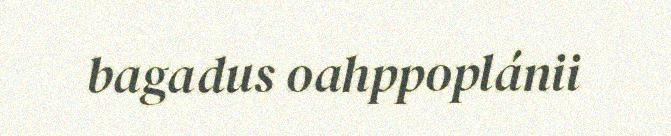
bagadus oahppoplánii